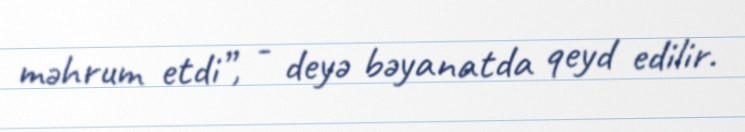
məhrum etdi”, - deyə bəyanatda qeyd edilir.